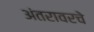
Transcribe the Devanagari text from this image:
अंतरावरचे